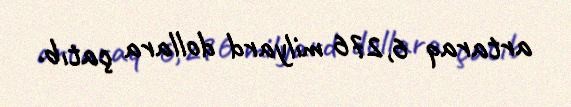
artaraq 6,276 milyard dollara çatıb.